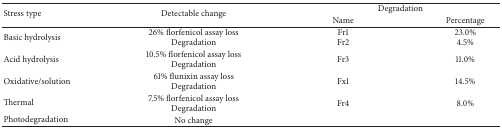
<table><thead><tr><td rowspan="2"><b>Stress type</b></td><td rowspan="2"><b>Detectable change</b></td><td colspan="2"><b> Degradation</b></td></tr><tr><td><b>Name</b></td><td><b>Percentage</b></td></tr></thead><tbody><tr><td>Basic hydrolysis</td><td>26% florfenicol assay lossDegradation</td><td>Fr1Fr2</td><td>23.0%4.5%</td></tr><tr><td>Acid hydrolysis</td><td>10.5% florfenicol assay lossDegradation</td><td>Fr3</td><td>11.0%</td></tr><tr><td>Oxidative/solution</td><td>61% flunixin assay lossDegradation</td><td>Fx1</td><td>14.5%</td></tr><tr><td>Thermal</td><td>7.5% florfenicol assay lossDegradation</td><td>Fr4</td><td>8.0%</td></tr><tr><td>Photodegradation</td><td>No change</td><td> </td><td> </td></tr></tbody></table>